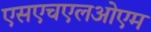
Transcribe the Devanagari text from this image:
एसएचएलओएम